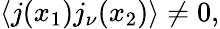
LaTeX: \langle j(x_{1})j_{\nu}(x_{2})\rangle\ne 0,